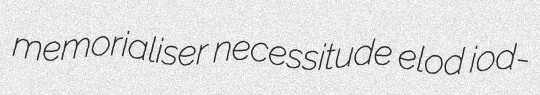
memorialiser necessitude elod iod-